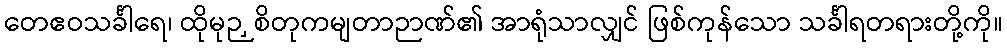
တေဧဝသင်္ခါရေ၊ ထိုမုဉှစိတုကမျတာဉာဏ်၏ အာရုံသာလျှင် ဖြစ်ကုန်သော သင်္ခါရတရားတို့ကို။